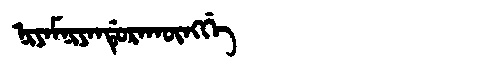
Manchu: ᠨᡳᠶᠠᠮᠨᡳᠶᠠᠨᡩᡠᡵᠠᡴᡡᠩᡤᡝ
Romanization: NIYAMNIYANDURAKŪNGGE